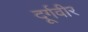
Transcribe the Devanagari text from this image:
दूर्गवीर